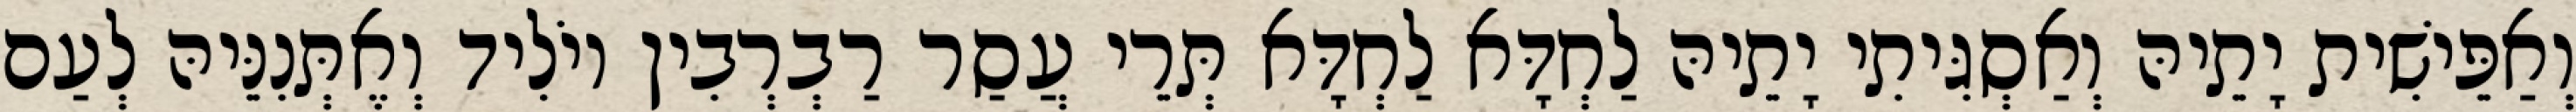
וְאַפֵּישִׁית יָתֵיהּ וְאַסְגִּיתִי יָתֵיהּ לַחְדָּא לַחְדָּא תְּרֵי עֲסַר רַבְרְבִין יוֹלִיד וְאֶתְּנִנֵּיהּ לְעַם